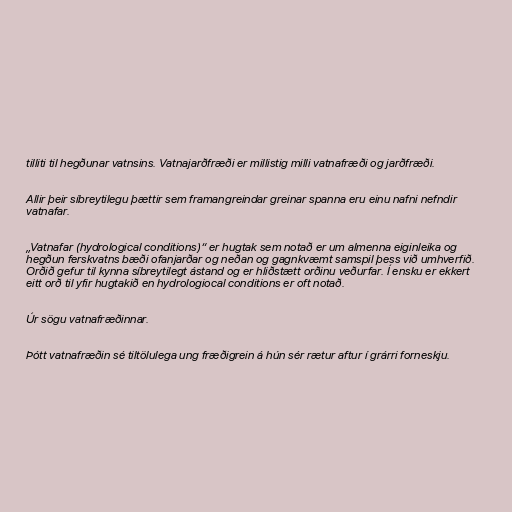
tilliti til hegðunar vatnsins. Vatnajarðfræði er millistig milli vatnafræði og jarðfræði.

Allir þeir síbreytilegu þættir sem framangreindar greinar spanna eru einu nafni nefndir
vatnafar.

„Vatnafar (hydrological conditions)“ er hugtak sem notað er um almenna eiginleika og
hegðun ferskvatns bæði ofanjarðar og neðan og gagnkvæmt samspil þess við umhverfið.
Orðið gefur til kynna síbreytilegt ástand og er hliðstætt orðinu veðurfar. Í ensku er ekkert
eitt orð til yfir hugtakið en hydrologiocal conditions er oft notað.

Úr sögu vatnafræðinnar.

Þótt vatnafræðin sé tiltölulega ung fræðigrein á hún sér rætur aftur í grárri forneskju.